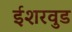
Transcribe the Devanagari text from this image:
ईशरवुड